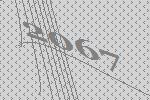
2067